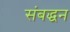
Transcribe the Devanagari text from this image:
संबद्धन